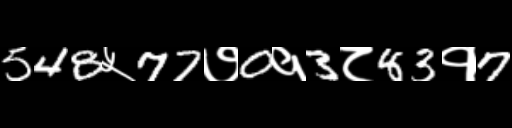
Text: 548५77७0१3८83१7